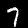
Label: 7